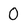
Character: O